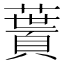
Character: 𩔎